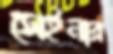
সেইনার